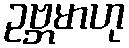
ဥဗ္ဘမာဟု